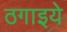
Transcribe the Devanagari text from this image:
ठगाइये